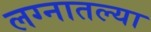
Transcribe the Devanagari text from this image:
लग्नातल्या